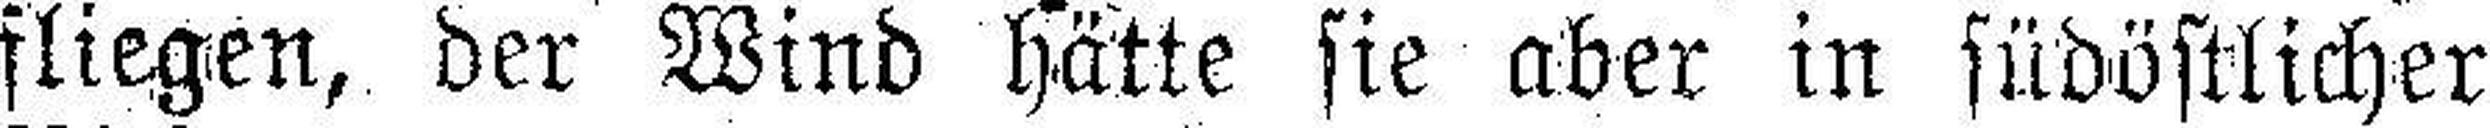
fliegen, der Wind hätte sie aber in südöstlicher